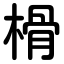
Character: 榾